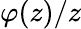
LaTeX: \varphi(z)/z